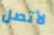
لأتصل